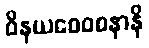
ဝိနယဝေဝစနာနိ